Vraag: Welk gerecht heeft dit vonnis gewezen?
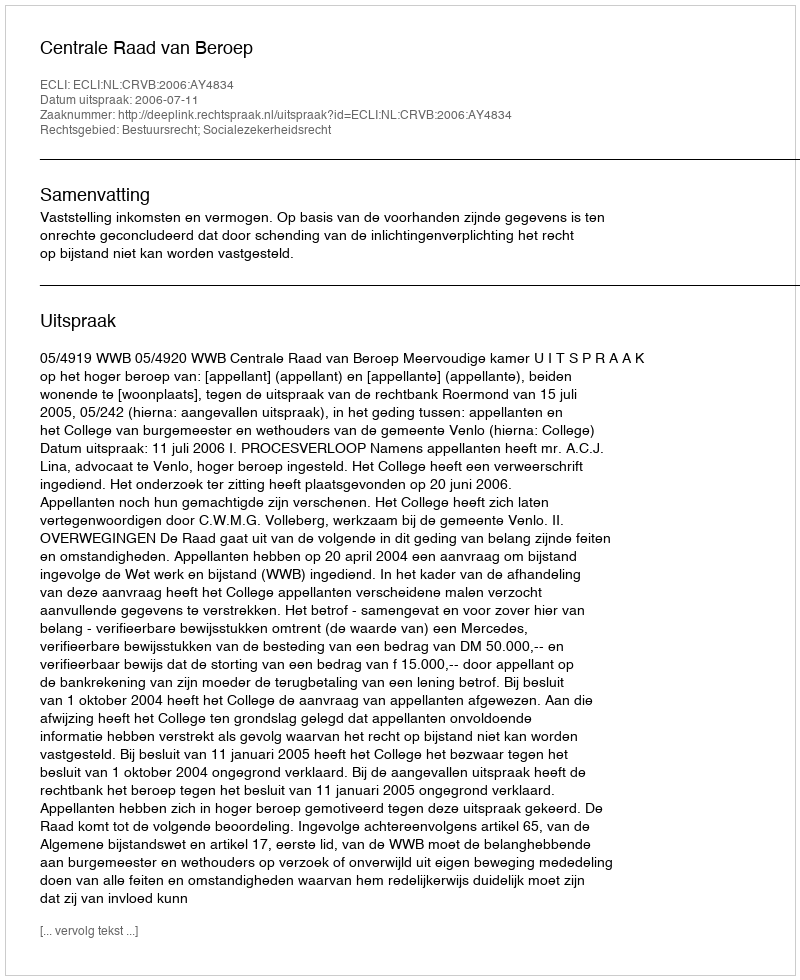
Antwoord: Centrale Raad van Beroep